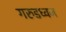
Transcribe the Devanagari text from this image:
गरुडध्वज